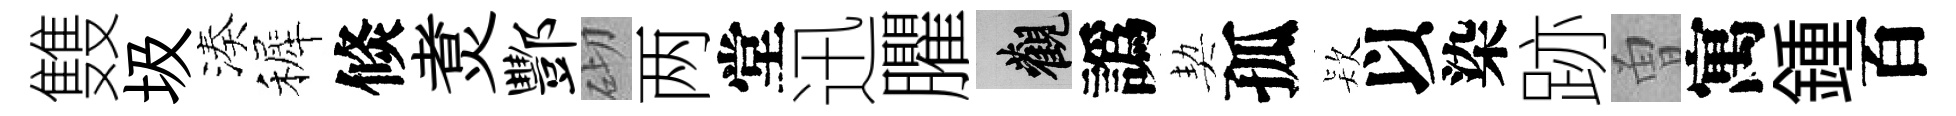
䨇圾湊裤倐煑酆砌两堂迅臞觀譌契孤𣣇以染跡曽寓鍾百